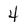
Character: 4